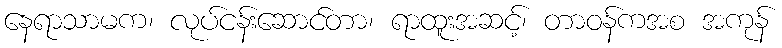
နေရာသာမက၊ လုပ်ငန်းဆောင်တာ၊ ရာထူးအဆင့်၊ တာဝန်ကအစ အကုန်